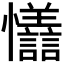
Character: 𪭇